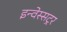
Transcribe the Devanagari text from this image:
इन्वेस्सट्रर